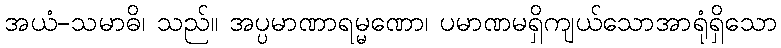
အယံ-သမာဓိ၊ သည်။ အပ္ပမာဏာရမ္မဏော၊ ပမာဏမရှိကျယ်သောအာရုံရှိသော